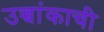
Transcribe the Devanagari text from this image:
उच्चांकाची